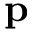
\mathbf { p }